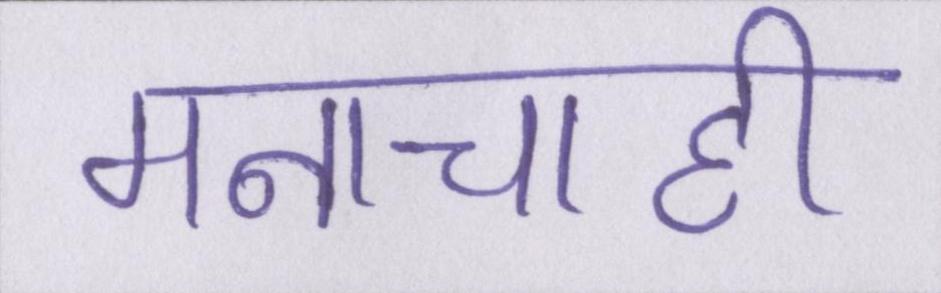
मनाचाही